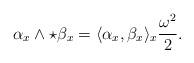
LaTeX: \begin{align*}\alpha_{x}\wedge\star\beta_{x}=\langle\alpha_{x},\beta_{x}\rangle_{x}\frac{\omega^{2}}{2}.\end{align*}